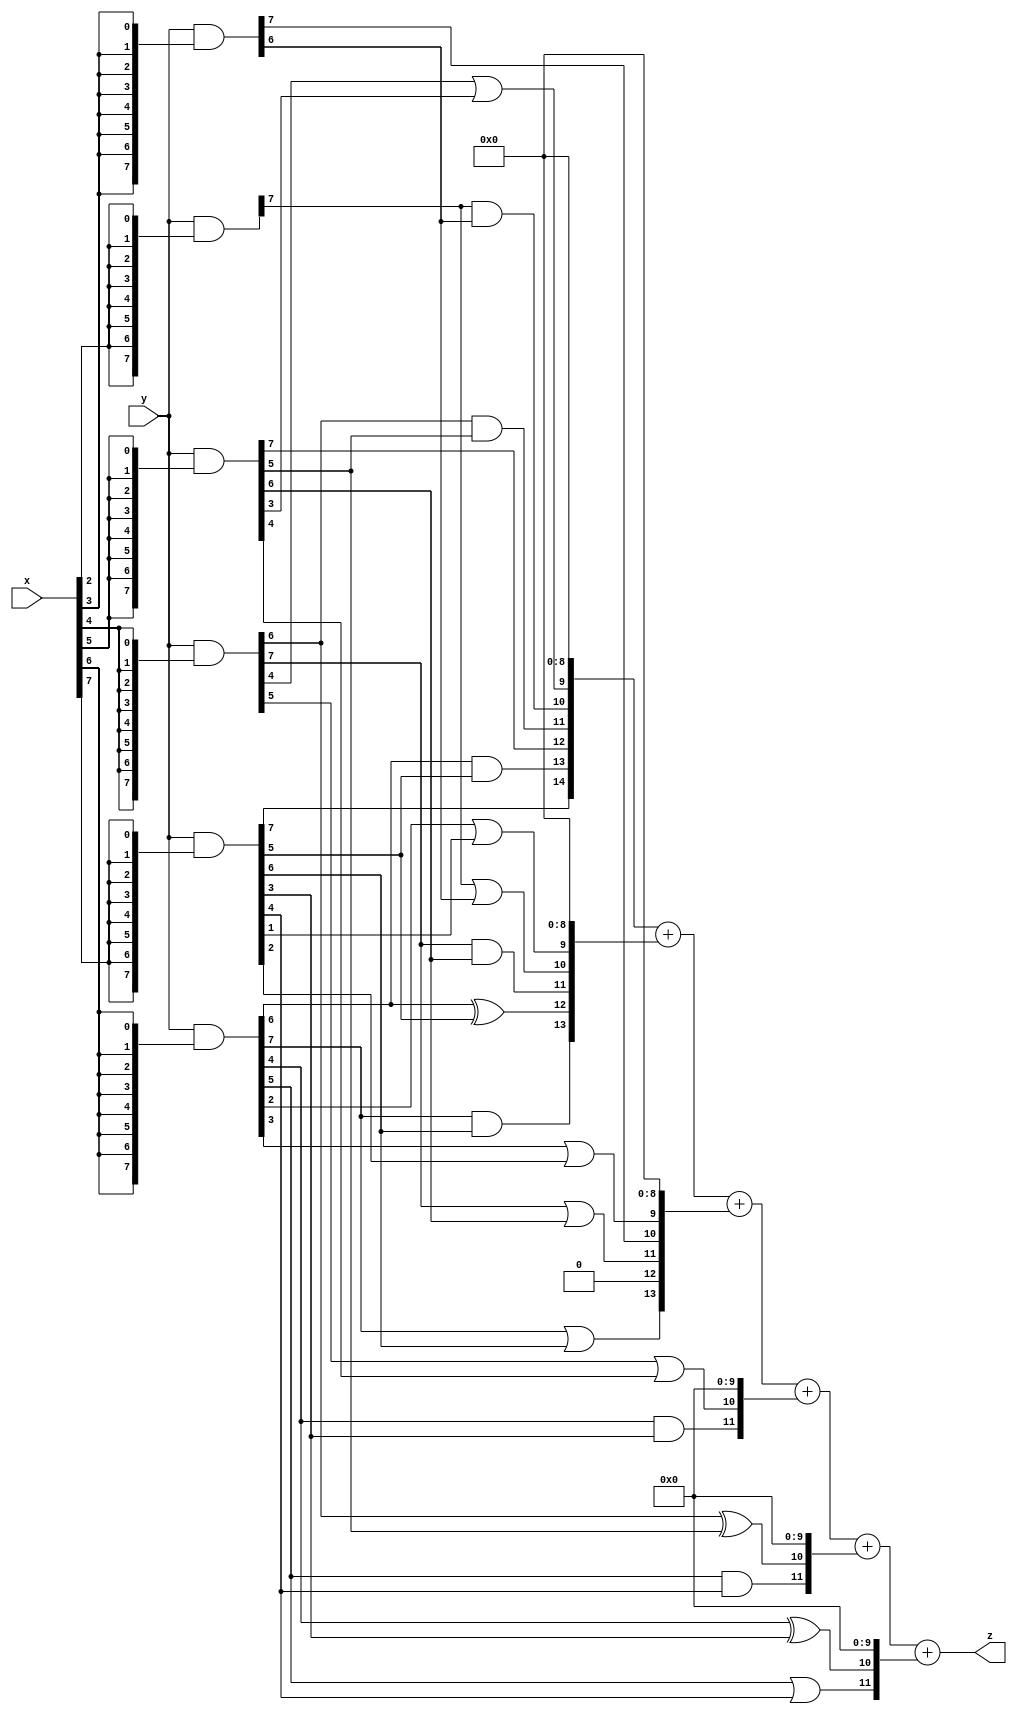
// terms: 21
// fval:  818734.25

module unsigned_8x8_l8_lamb30000_0 (
	input [7:0] x,
	input [7:0] y,
	output [15:0] z
);


wire [7:0] part1 =  y & {8{x[0]}};
wire [7:0] part2 =  y & {8{x[1]}};
wire [7:0] part3 =  y & {8{x[2]}};
wire [7:0] part4 =  y & {8{x[3]}};
wire [7:0] part5 =  y & {8{x[4]}};
wire [7:0] part6 =  y & {8{x[5]}};
wire [7:0] part7 =  y & {8{x[6]}};
wire [7:0] part8 =  y & {8{x[7]}};

wire [14:0] new_part1;
assign new_part1[0] = 0;
assign new_part1[1] = 0;
assign new_part1[2] = 0;
assign new_part1[3] = 0;
assign new_part1[4] = 0;
assign new_part1[5] = 0;
assign new_part1[6] = 0;
assign new_part1[7] = 0;
assign new_part1[8] = 0;
assign new_part1[9] = part5[4] | part6[3];
assign new_part1[10] = part3[7] & part4[6];
assign new_part1[11] = part5[6] & part6[5];
assign new_part1[12] = part6[7];
assign new_part1[13] = part7[6] & part8[5];
assign new_part1[14] = part8[7];

wire [13:0] new_part2;
assign new_part2[0] = 0;
assign new_part2[1] = 0;
assign new_part2[2] = 0;
assign new_part2[3] = 0;
assign new_part2[4] = 0;
assign new_part2[5] = 0;
assign new_part2[6] = 0;
assign new_part2[7] = 0;
assign new_part2[8] = 0;
assign new_part2[9] = part7[2] | part8[1];
assign new_part2[10] = part3[7] | part4[6];
assign new_part2[11] = part5[7] & part6[6];
assign new_part2[12] = part7[6] ^ part8[5];
assign new_part2[13] = part7[7] & part8[6];

wire [13:0] new_part3;
assign new_part3[0] = 0;
assign new_part3[1] = 0;
assign new_part3[2] = 0;
assign new_part3[3] = 0;
assign new_part3[4] = 0;
assign new_part3[5] = 0;
assign new_part3[6] = 0;
assign new_part3[7] = 0;
assign new_part3[8] = 0;
assign new_part3[9] = part7[3] | part8[2];
assign new_part3[10] = part4[7];
assign new_part3[11] = part5[7] | part6[6];
assign new_part3[12] = 0;
assign new_part3[13] = part7[7] | part8[6];

wire [11:0] new_part4;
assign new_part4[0] = 0;
assign new_part4[1] = 0;
assign new_part4[2] = 0;
assign new_part4[3] = 0;
assign new_part4[4] = 0;
assign new_part4[5] = 0;
assign new_part4[6] = 0;
assign new_part4[7] = 0;
assign new_part4[8] = 0;
assign new_part4[9] = 0;
assign new_part4[10] = part5[5] | part6[4];
assign new_part4[11] = part7[4] & part8[3];

wire [11:0] new_part5;
assign new_part5[0] = 0;
assign new_part5[1] = 0;
assign new_part5[2] = 0;
assign new_part5[3] = 0;
assign new_part5[4] = 0;
assign new_part5[5] = 0;
assign new_part5[6] = 0;
assign new_part5[7] = 0;
assign new_part5[8] = 0;
assign new_part5[9] = 0;
assign new_part5[10] = part5[6] ^ part6[5];
assign new_part5[11] = part7[5] & part8[4];

wire [11:0] new_part6;
assign new_part6[0] = 0;
assign new_part6[1] = 0;
assign new_part6[2] = 0;
assign new_part6[3] = 0;
assign new_part6[4] = 0;
assign new_part6[5] = 0;
assign new_part6[6] = 0;
assign new_part6[7] = 0;
assign new_part6[8] = 0;
assign new_part6[9] = 0;
assign new_part6[10] = part7[4] ^ part8[3];
assign new_part6[11] = part7[5] | part8[4];

assign z = new_part1 + new_part2 + new_part3 + new_part4 + new_part5 + new_part6;
endmodule